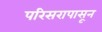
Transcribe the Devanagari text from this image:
परिसरापासून